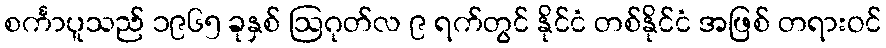
စင်္ကာပူသည် ၁၉၆၅ ခုနှစ် ဩဂုတ်လ ၉ ရက်တွင် နိုင်ငံ တစ်နိုင်ငံ အဖြစ် တရားဝင်